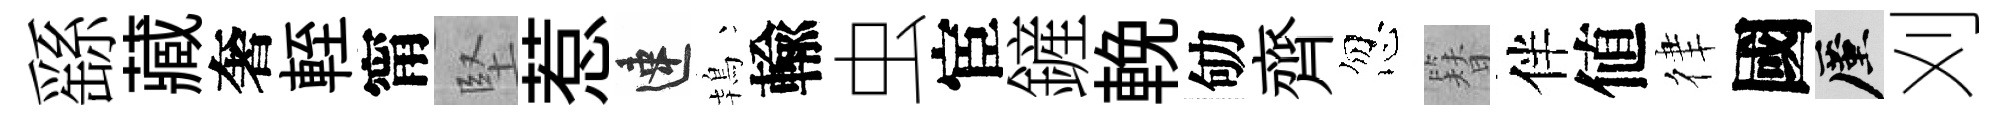
繇藏奢輊甯堅惹速鴇輸虫宦鏟輓劬齊忽簪伴値律國厪刈